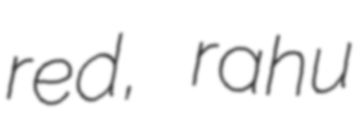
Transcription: red, rahu